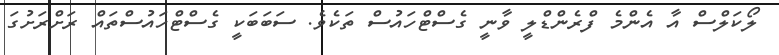
ލޯކަލްސް އާ އެންމެ ފްރެންޑްލީ ވާނީ ގެސްޓްހައުސް ތަކެވެ. ސަބަބަކީ ގެސްޓްހައުސްތައް ރަށްރަށުގަ